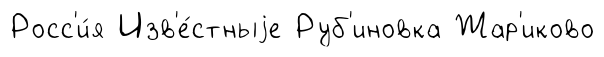
Росс'и́я Изв'е́стныjе Руб'иновка Жар'иково